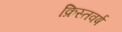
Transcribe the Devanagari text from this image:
क्रिस्तवर्ष